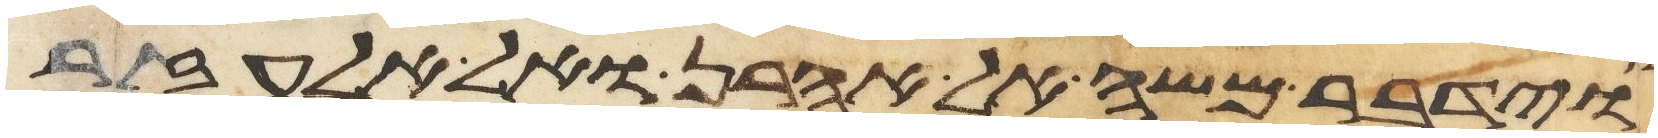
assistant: וידבר משה אל אהרן ואל אלעזר